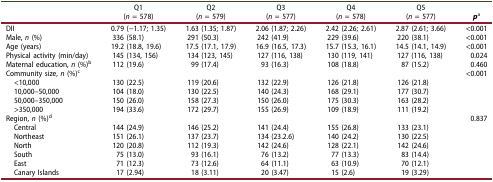
<table><thead><tr><td><b> </b></td><td><b>Q1(<i>n</i> = 578)</b></td><td><b>Q2(<i>n</i> = 579)</b></td><td><b>Q3(<i>n</i> = 577)</b></td><td><b>Q4(<i>n</i> = 578)</b></td><td><b>Q5(<i>n</i> = 577)</b></td><td><b><i>p</i><sup>a</sup></b></td></tr></thead><tbody><tr><td>DII</td><td>0.79 (−1.17; 1.35)</td><td>1.63 (1.35; 1.87)</td><td>2.06 (1.87; 2.26)</td><td>2.42 (2.26; 2.61)</td><td>2.87 (2.61; 3.66)</td><td>&lt;0.001</td></tr><tr><td>Male, <i>n</i> (%)</td><td>336 (58.1)</td><td>291 (50.3)</td><td>242 (41.9)</td><td>229 (39.6)</td><td>220 (38.1)</td><td>&lt;0.001</td></tr><tr><td>Age (years)</td><td>19.2 (18.8, 19.6)</td><td>17.5 (17.1, 17.9)</td><td>16.9 (16.5, 17.3)</td><td>15.7 (15.3, 16.1)</td><td>14.5 (14.1, 14.9)</td><td>&lt;0.001</td></tr><tr><td>Physical activity (min/day)</td><td>145 (134, 156)</td><td>134 (123, 145)</td><td>127 (116, 138)</td><td>130 (119, 141)</td><td>127 (116, 138)</td><td>0.024</td></tr><tr><td>Maternal education, <i>n</i> (%)<sup>b</sup></td><td>112 (19.6)</td><td>99 (17.4)</td><td>93 (16.3)</td><td>108 (18.8)</td><td>87 (15.2)</td><td>0.460</td></tr><tr><td>Community size, <i>n</i> (%)<sup>c</sup></td><td> </td><td> </td><td> </td><td> </td><td> </td><td>&lt;0.001</td></tr><tr><td> &lt;10,000</td><td>130 (22.5)</td><td>119 (20.6)</td><td>132 (22.9)</td><td>126 (21.8)</td><td>126 (21.8)</td><td> </td></tr><tr><td> 10,000–50,000</td><td>104 (18.0)</td><td>130 (22.5)</td><td>140 (24.3)</td><td>168 (29.1)</td><td>177 (30.7)</td><td> </td></tr><tr><td> 50,000–350,000</td><td>150 (26.0)</td><td>158 (27.3)</td><td>150 (26.0)</td><td>175 (30.3)</td><td>163 (28.2)</td><td> </td></tr><tr><td> &gt;350,000</td><td>194 (33.6)</td><td>172 (29.7)</td><td>155 (26.9)</td><td>109 (18.9)</td><td>111 (19.2)</td><td> </td></tr><tr><td>Region, <i>n</i> (%)<sup>d</sup></td><td> </td><td> </td><td> </td><td> </td><td> </td><td>0.837</td></tr><tr><td> Central</td><td>144 (24.9)</td><td>146 (25.2)</td><td>141 (24.4)</td><td>155 (26.8)</td><td>133 (23.1)</td><td> </td></tr><tr><td> Northeast</td><td>151 (26.1)</td><td>137 (23.7)</td><td>134 (23.2.6)</td><td>140 (24.2)</td><td>130 (22.5)</td><td> </td></tr><tr><td> North</td><td>120 (20.8)</td><td>112 (19.3)</td><td>142 (24.6)</td><td>128 (22.1)</td><td>142 (24.6)</td><td> </td></tr><tr><td> South</td><td>75 (13.0)</td><td>93 (16.1)</td><td>76 (13.2)</td><td>77 (13.3)</td><td>83 (14.4)</td><td> </td></tr><tr><td> East</td><td>71 (12.3)</td><td>73 (12.6)</td><td>64 (11.1)</td><td>63 (10.9)</td><td>70 (12.1)</td><td> </td></tr><tr><td> Canary Islands</td><td>17 (2.94)</td><td>18 (3.11)</td><td>20 (3.47)</td><td>15 (2.6)</td><td>19 (3.29)</td><td> </td></tr></tbody></table>